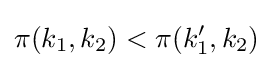
\pi (k_{1},k_{2})<\pi (k_{1}',k_{2})